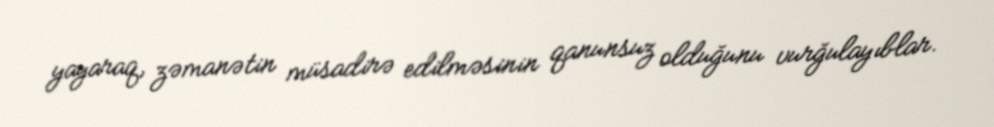
yayaraq, zəmanətin müsadirə edilməsinin qanunsuz olduğunu vurğulayıblar.